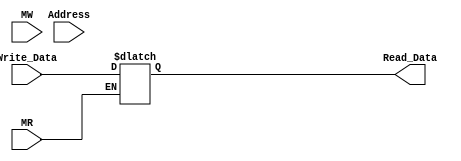
module dm(Read_Data,Write_Data,Address,MW,MR);
	
	input [15:0] Address,Write_Data;
	input MW,MR;
	
	reg [15:0] temperary [15:0];
	output reg [15:0] Read_Data;    

	always @(MW,MR)
		begin
			
			if(MW == 1)         
				temperary[Address] = Write_Data[15:0];
			if(MR == 1)     
				Read_Data[15:0] = temperary[Address];
		end

endmodule


module Test_D_Mem;

	reg [15:0] Address,Write_Data;
	reg MW,MR;
	wire [15:0] Read_Data;

	dm mydm(Read_Data,Write_Data,Address,MW,MR);

	initial
		begin
			Write_Data=16'b0000000000000011;Address=16'b0000000000000101;MW=1;    
			#5 $display("Address = %b MW=%b Write_Data = %b",Address,MW,Write_Data);	
			Address=16'b0000000000000101;MR=1;                      
			#10 $display("Address = %b MR=%b Read_Data = %b",Address,MR,Read_Data);

		end
endmodule